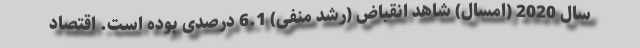
سال 2020 (امسال) شاهد انقباض (رشد منفی) 6.1 درصدی بوده است. اقتصاد